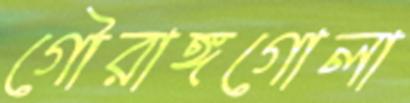
গৌরাঙ্গগোলা